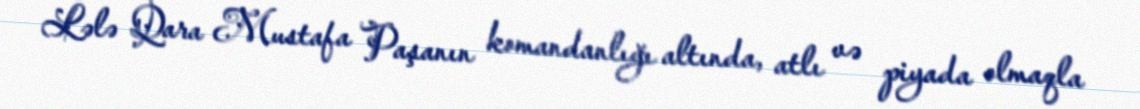
Lələ Qara Mustafa Paşanın komandanlığı altında, atlı və piyada olmaqla